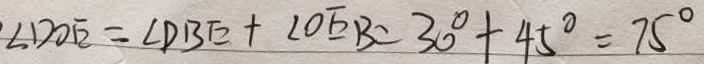
\angle D O E = \angle D B E + \angle O E B = 3 0 ^ { \circ } + 4 5 ^ { \circ } = 7 5 ^ { \circ }